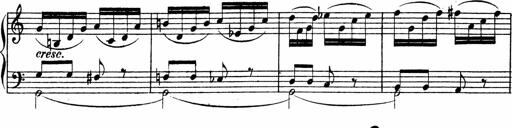
Title: Piano Sonata
Composer: Karl HÃ¤ssler
Key: C major